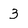
Character: 3